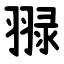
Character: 䎑